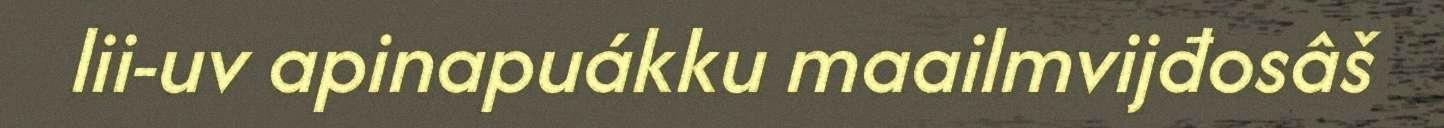
lii-uv apinapuákku maailmvijđosâš